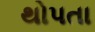
થોપતા